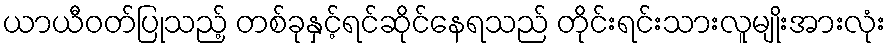
ယာယီဝတ်ပြုသည့် တစ်ခုနှင့်ရင်ဆိုင်နေရသည် တိုင်းရင်းသားလူမျိုးအားလုံး